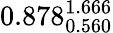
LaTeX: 0.878_{0.560}^{1.666}